King Institute of Preventive Medicine Bacteriolog. Section reports 1907-08
Year: 1907
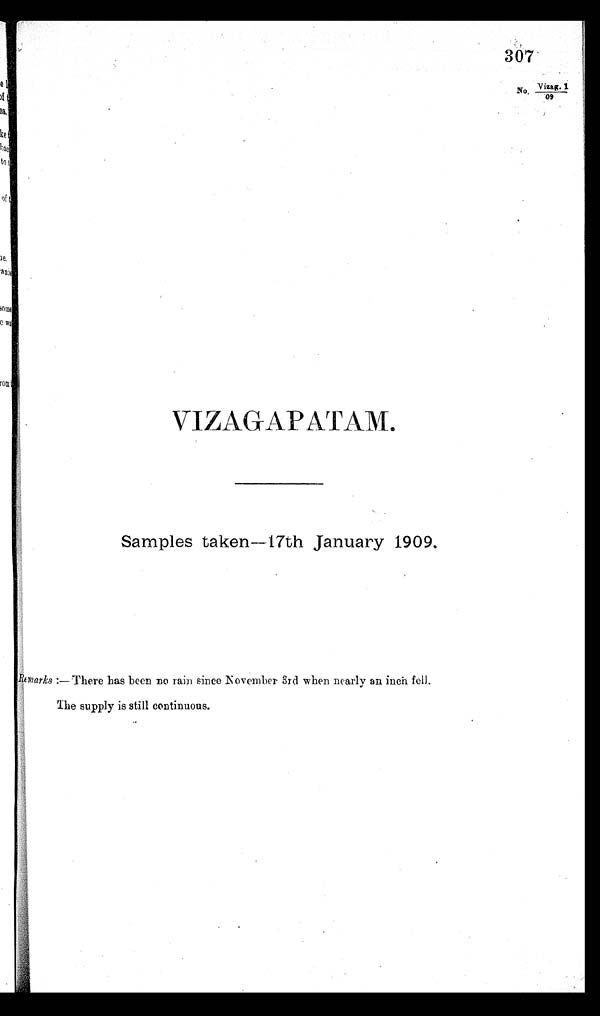
307
No. Vizag. 1
09
VIZAGAPATAM.
Samples taken-17th January 1909.
Remarks :— There has been Do rain since November 3rd when nearly an inch fell.
The supply is still continuous.